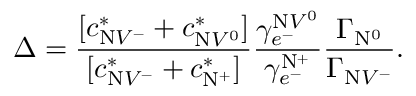
\Delta = \frac { [ c _ { \mathrm { N } V ^ { - } } ^ { * } + c _ { \mathrm { N } V ^ { 0 } } ^ { * } ] } { [ c _ { \mathrm { N } V ^ { - } } ^ { * } + c _ { \mathrm { N } ^ { + } } ^ { * } ] } \frac { \gamma _ { e ^ { - } } ^ { \mathrm { N } V ^ { 0 } } } { \gamma _ { e ^ { - } } ^ { \mathrm { N } ^ { + } } } \frac { \Gamma _ { \mathrm { N } ^ { 0 } } } { \Gamma _ { \mathrm { N } V ^ { - } } } .